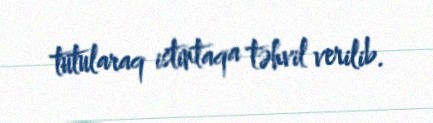
tutularaq istintaqa təhvil verilib.